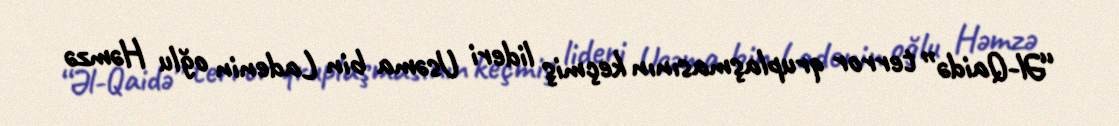
“Əl-Qaidə” terror qruplaşmasının keçmiş lideri Usəma bin Ladenin oğlu Həmzə